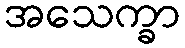
အသေက္ခာ